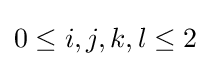
0\leq i,j,k,l\leq 2